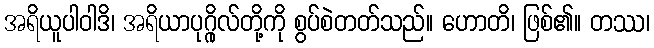
အရိယူပါဝါဒိ၊ အရိယာပုဂ္ဂိုလ်တို့ကို စွပ်စဲတတ်သည်။ ဟောတိ၊ ဖြစ်၏။ တဿ၊